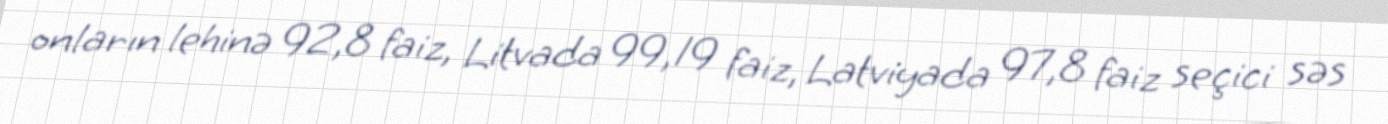
onların lehinə 92,8 faiz, Litvada 99,19 faiz, Latviyada 97,8 faiz seçici səs